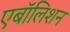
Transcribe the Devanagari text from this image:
एबॉलिशन